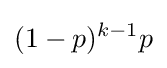
(1-p)^{k-1}p